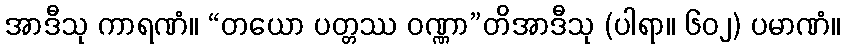
အာဒီသု ကာရဏံ။ “တယော ပတ္တဿ ဝဏ္ဏာ”တိအာဒီသု (ပါရာ။ ၆၀၂) ပမာဏံ။